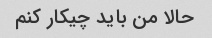
حالا من باید چیکار کنم